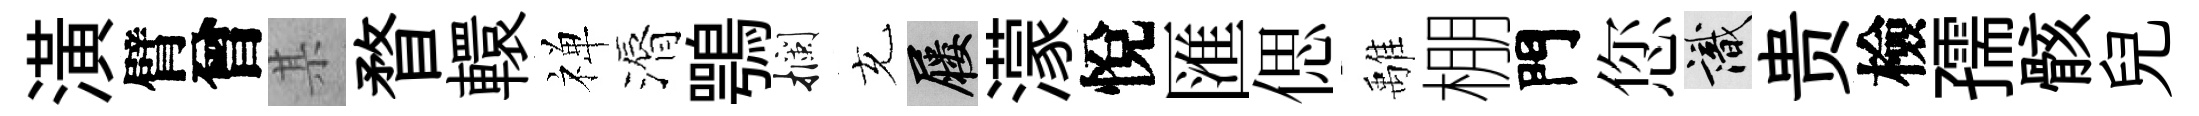
潢臂曾某瞀轘禅漘鶚攔充屨濛悅匯偲𩀌棚門您識贵檢孺骸兒